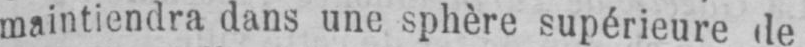
maintiendra dans une sphère supérieure de